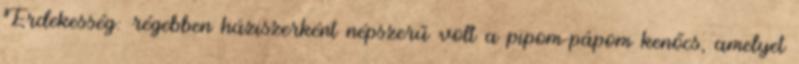
Érdekesség: régebben háziszerként népszerű volt a pipom-pápom kenőcs, amelyet